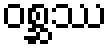
ဝစ္ဆဿ